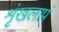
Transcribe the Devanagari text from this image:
शृंखलापं